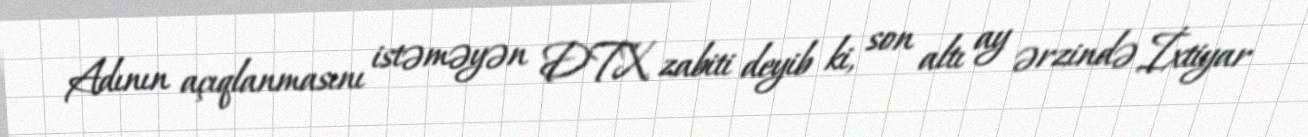
Adının açıqlanmasını istəməyən DTX zabiti deyib ki, son altı ay ərzində İxtiyar